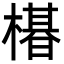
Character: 𬄛